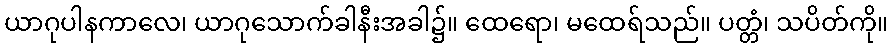
ယာဂုပါနကာလေ၊ ယာဂုသောက်ခါနီးအခါ၌။ ထေရော၊ မထေရ်သည်။ ပတ္တံ၊ သပိတ်ကို။